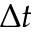
\Delta t